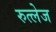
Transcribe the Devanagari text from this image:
रुत्लेज